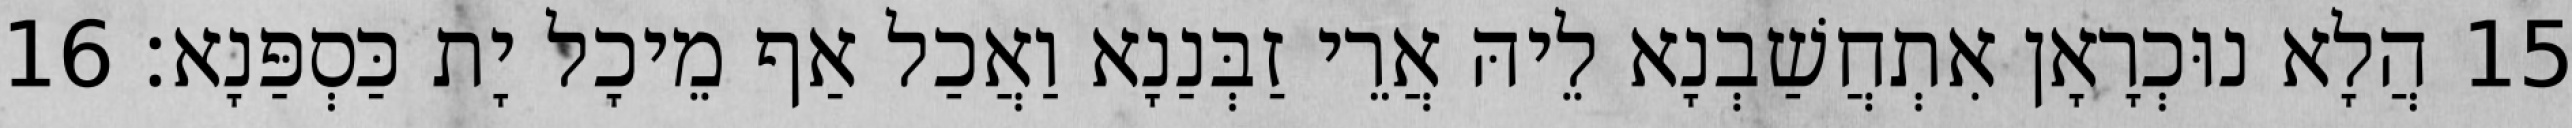
15 הֲלָא נוּכְרָאָן אִתְחֲשַׁבְנָא לֵיהּ אֲרֵי זַבְּנַנָא וַאֲכַל אַף מֵיכָל יָת כַּסְפַּנָא׃ 16